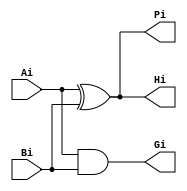
module square_op
(
  input   Ai,
  input   Bi,

  output  Pi,
  output  Gi,
  output  Hi
);

always @(*) begin
  Pi = Ai ^ Bi;
  Gi = Ai & Bi;
  Hi = Ai ^ Bi;
end

endmodule